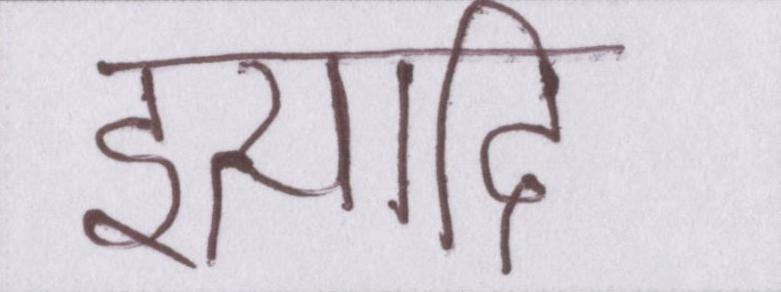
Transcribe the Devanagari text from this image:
इत्यादि